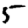
Digit: 5